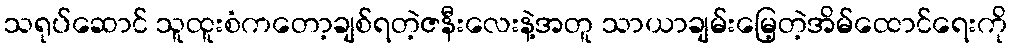
သရုပ်ဆောင် သူထူးစံကတော့ချစ်ရတဲ့ဇနီးလေးနဲ့အတူ သာယာချမ်းမြေ့တဲ့အိမ်ထောင်ရေးကို